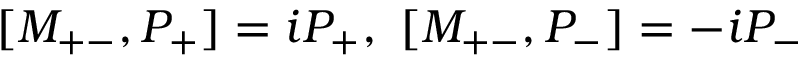
[ M _ { + - } , P _ { + } ] = i P _ { + } , \ [ M _ { + - } , P _ { - } ] = - i P _ { - }